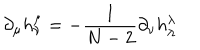
LaTeX: \partial _ { \mu } h _ { \nu } ^ { \mu } = - \frac { 1 } { N - 2 } \partial _ { \nu } h _ { \lambda } ^ { \lambda }